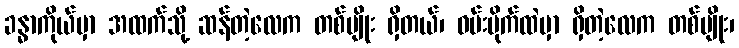
ခန္ဓာကိုယ်မှာ အထက်သို့ ဆန်တဲ့လေက တစ်မျိုး ရှိတယ်၊ ဝမ်းဗိုက်ထဲမှာ ရှိတဲ့လေက တစ်မျိုး၊